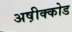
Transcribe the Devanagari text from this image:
अष़ीक्कोड